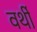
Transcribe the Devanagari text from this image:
वर्थी